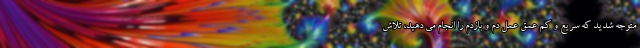
متوجه شدید که سریع و کم عمق عمل دم و بازدم را انجام می دهید، تلاش